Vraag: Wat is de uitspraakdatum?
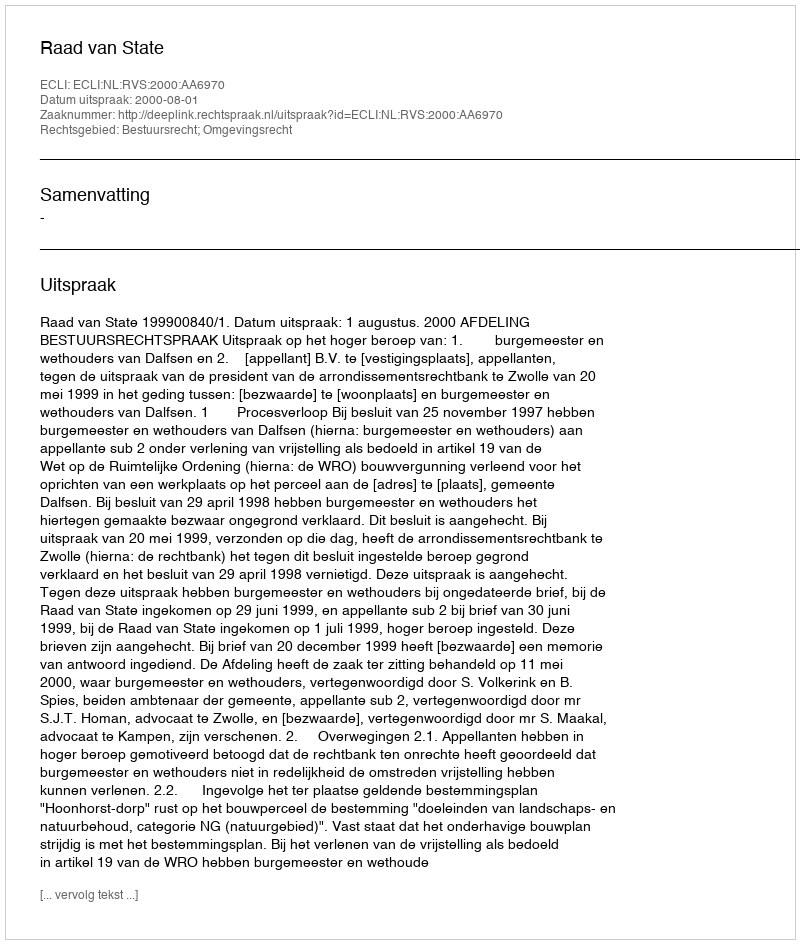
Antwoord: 2000-08-01